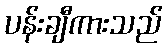
ပန်းချီကားသည်